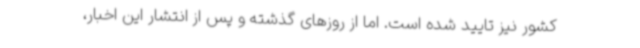
کشور نیز تایید شده است. اما از روزهای گذشته و پس از انتشار این اخبار،